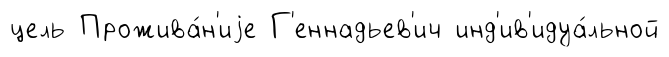
цель Прожива́н'иjе Г'еннадьев'ич инд'ив'идуа́льной